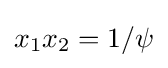
x_{1}x_{2}=1/\psi